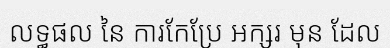
លទ្ធផល នៃ ការកែប្រែ អក្សរ មុន ដែល